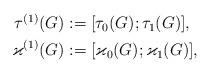
LaTeX: \begin{align*}\begin{aligned}\tau^{(1)}(G) &:=\lbrack\tau_0(G);\tau_1(G)\rbrack,\\\varkappa^{(1)}(G) &:=\lbrack\varkappa_0(G);\varkappa_1(G)\rbrack,\end{aligned}\end{align*}